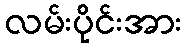
လမ်းပိုင်းအား